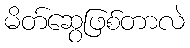
မိတ်ဆွေဖြစ်တာလဲ